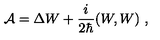
{ \cal A } = \Delta W + \frac { i } { 2 \hbar } ( W , W ) \ ,